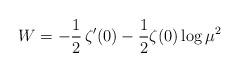
LaTeX: \begin{align*}W=-\frac{1}{2}\,\zeta'(0)-\frac{1}{2} \zeta(0) \log \mu^2\end{align*}